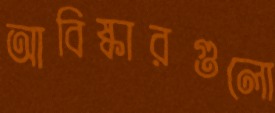
আবিষ্কারগুলো